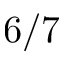
6 / 7